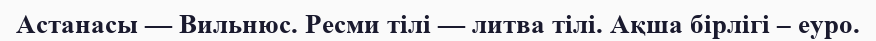
Астанасы — Вильнюс. Ресми тілі — литва тілі. Ақша бірлігі – еуро.